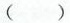
()